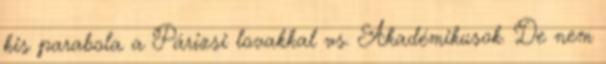
kis parabola a Párizsi lovakkal vs. Akadémikusok. De nem